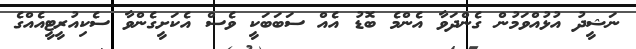
ނަޝީދު އުޅުއްވަމުން ގެންދަވާ އެންމެ ބޮޑު އެއް ސަބަބަކީ ވެސް އެކަށީގެންވާ ސެކިއުރީޓީއެއްގެ